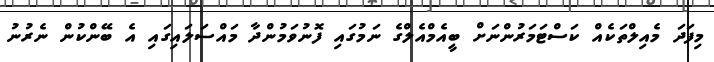
މިފަދަ މެއިލްތަކެއް ކަސްޓަމަރުންނަށް ބީއެމްއެލްގެ ނަމުގައި ފޮނުވަމުންދާ މައްސަލައިގައި އެ ބޭންކުން ނެރުނު